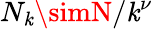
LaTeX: N_{\mathit{k}}\simN/\mathit{k}^{\nu}